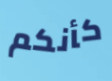
كأنكم